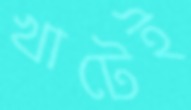
খাটেই